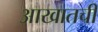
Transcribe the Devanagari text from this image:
आखातची